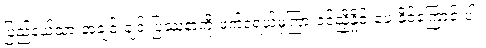
ပြည်နယ်သားအချင်းချင်းပြဿနာကို ဖက်ဒရယ်မှကြားဝင်ညှိနှိုင်းပေးနိုင်ကြောင်းပါ။